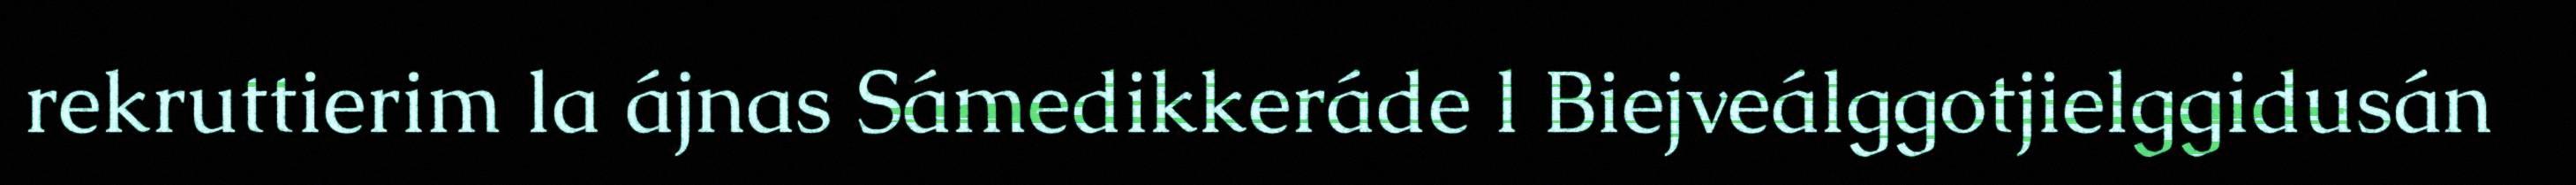
rekruttierim la ájnas Sámedikkeráde l Biejveálggotjielggidusán